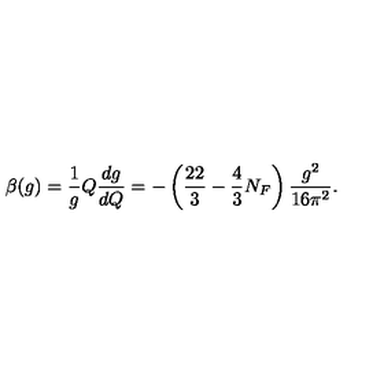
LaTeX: \beta ( g ) = \frac { 1 } { g } Q \frac { d g } { d Q } = - \left( \frac { 2 2 } { 3 } - \frac { 4 } { 3 } N _ { F } \right) \frac { g ^ { 2 } } { 1 6 \pi ^ { 2 } } .